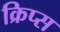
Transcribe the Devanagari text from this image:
क्रिप्‍स